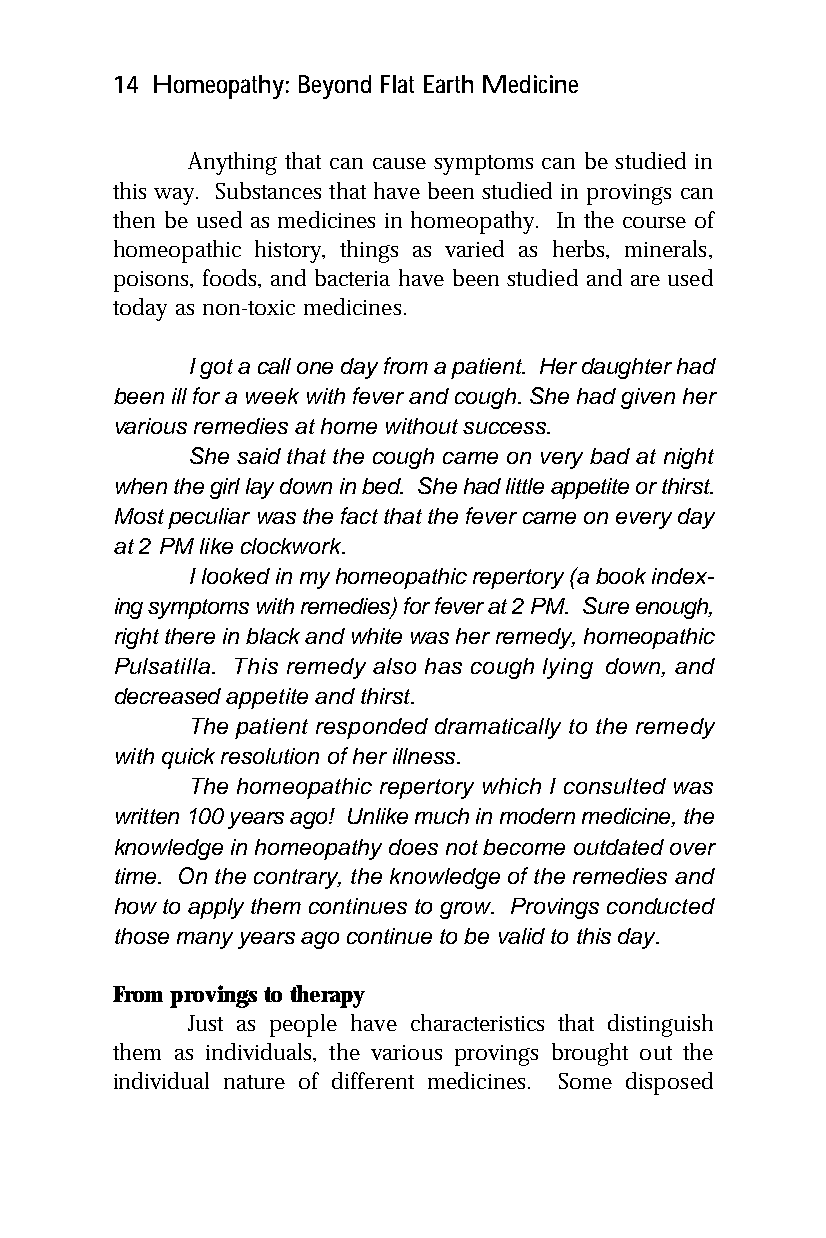
14 Homeopathy: Beyond Flat Earth Medicine
 Anything that can cause symptoms can be studied in
 this way. Substances that have been studied in provings can
 then be used as medicines in homeopathy. In the course of
 homeopathic history, things as varied as herbs, minerals,
 poisons, foods, and bacteria have been studied and are used
 today as non-toxic medicines.
 I got a call one day from a patient. Her daughter had
 been ill for a week with fever and cough. She had given her
 various remedies at home without success.
 She said that the cough came on very bad at night
 when the girl lay down in bed. She had little appetite or thirst.
 Most peculiar was the fact that the fever came on every day
 at 2 PM like clockwork.
 I looked in my homeopathic repertory (a book index-
 ing symptoms with remedies) for fever at 2 PM. Sure enough,
 right there in black and white was her remedy, homeopathic
 Pulsatilla. This remedy also has cough lying down, and
 decreased appetite and thirst.
 The patient responded dramatically to the remedy
 with quick resolution of her illness.
 The homeopathic repertory which I consulted was
 written 100 years ago! Unlike much in modern medicine, the
 knowledge in homeopathy does not become outdated over
 time. On the contrary, the knowledge of the remedies and
 how to apply them continues to grow. Provings conducted
 those many years ago continue to be valid to this day.
 From provings to therapy
 Just as people have characteristics that distinguish
 them as individuals, the various provings brought out the
 individual nature of different medicines. Some disposed